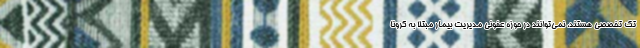
تک تخصصی هستند، نمی‌توانند در حوزه عفونی مدیریت بیمار مبتلا به کرونا